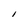
Character: I